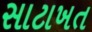
સાટાખત